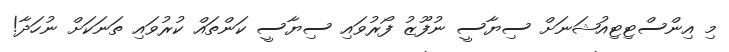
މި އިންސްޓިޓިއުޝަނަށް ސިޔާސީ ނުފޫޒު ފޯރުވައި ސިޔާސީ ކަންތައް ކުރުވައި ތަނަކަށް ނުހަދާ!